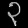
Digit: ၃